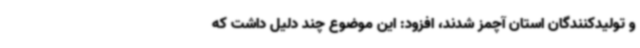
و تولیدکنندگان استان آچمز شدند، افزود: این موضوع چند دلیل داشت که